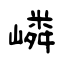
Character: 嶙